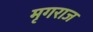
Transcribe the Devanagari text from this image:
मृगराज